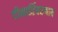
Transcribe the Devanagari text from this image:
दीनार्तिहरणाय